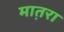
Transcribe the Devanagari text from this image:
मात़रा